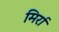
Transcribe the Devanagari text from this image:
मिर्रा